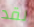
لقد